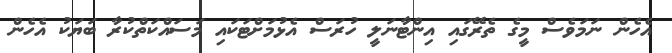
އެހެން ނަމަވެސް މީގެ ތެރޭގައި އިންޓާނަލީ ހުރަސް އެޅުމަށްޓަކައި މަސައްކަތްކުރާ ބަޔަކު އެހެން